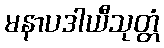
မနာပဒါယီသုတ္တံ